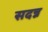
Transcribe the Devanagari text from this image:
सदन्न